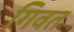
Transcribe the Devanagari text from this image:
गिवत